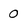
Character: 0